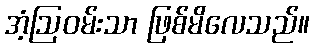
အံ့ဩဝမ်းသာ ဖြစ်မိလေသည်။